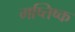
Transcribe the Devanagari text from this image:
मष्‍तिष्‍क